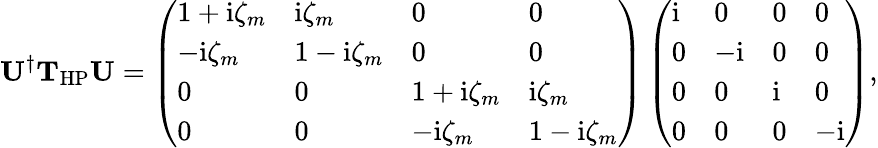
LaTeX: \mathbf U^{\dagger}\mathbf{T}_{\mathrm{HP}}\mathbf U=\left(\begin{array}{llll}{1+\mathrm{i}\zeta_{m}}&{\mathrm{i}\zeta_{m}}&{0}&{0}\\ {-\mathrm{i}\zeta_{m}}&{1-\mathrm{i}\zeta_{m}}&{0}&{0}\\ {0}&{0}&{1+\mathrm{i}\zeta_{m}}&{\mathrm{i}\zeta_{m}}\\ {0}&{0}&{-\mathrm{i}\zeta_{m}}&{1-\mathrm{i}\zeta_{m}}\end{array}\right)\left(\begin{array}{llll}{\mathrm{i}}&{0}&{0}&{0}\\ {0}&{-\mathrm{i}}&{0}&{0}\\ {0}&{0}&{\mathrm{i}}&{0}\\ {0}&{0}&{0}&{-\mathrm{i}}\end{array}\right),